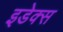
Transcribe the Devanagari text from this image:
इडेक्स